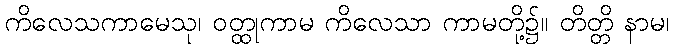
ကိလေသကာမေသု၊ ဝတ္ထုကာမ ကိလေသာ ကာမတို့၌။ တိတ္တိ နာမ၊